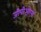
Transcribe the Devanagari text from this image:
जीपीओएस